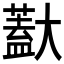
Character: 𱘽